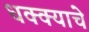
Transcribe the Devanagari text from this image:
धक्क्याचे